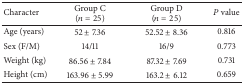
<table><thead><tr><td><b>Character</b></td><td><b>Group C (<i>n</i> = 25)</b></td><td><b>Group D (<i>n</i> = 25)</b></td><td><b><i>P</i> value</b></td></tr></thead><tbody><tr><td>Age (years)</td><td>52 ± 7.36</td><td>52.52 ± 8.36</td><td>0.816</td></tr><tr><td>Sex (F/M)</td><td>14/11</td><td>16/9</td><td>0.773</td></tr><tr><td>Weight (kg)</td><td>86.56 ± 7.84</td><td>87.32 ± 7.69</td><td>0.731</td></tr><tr><td>Height (cm)</td><td>163.96 ± 5.99</td><td>163.2 ± 6.12</td><td>0.659</td></tr></tbody></table>